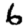
Digit: 6